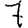
Digit: 7